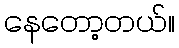
နေတော့တယ်။